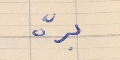
برّه